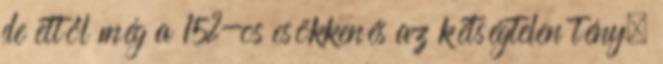
de ettől még a 15%-os csökkenés az kétségtelen tény.